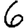
Digit: 6